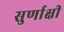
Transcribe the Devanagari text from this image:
सुर्णाक्षी